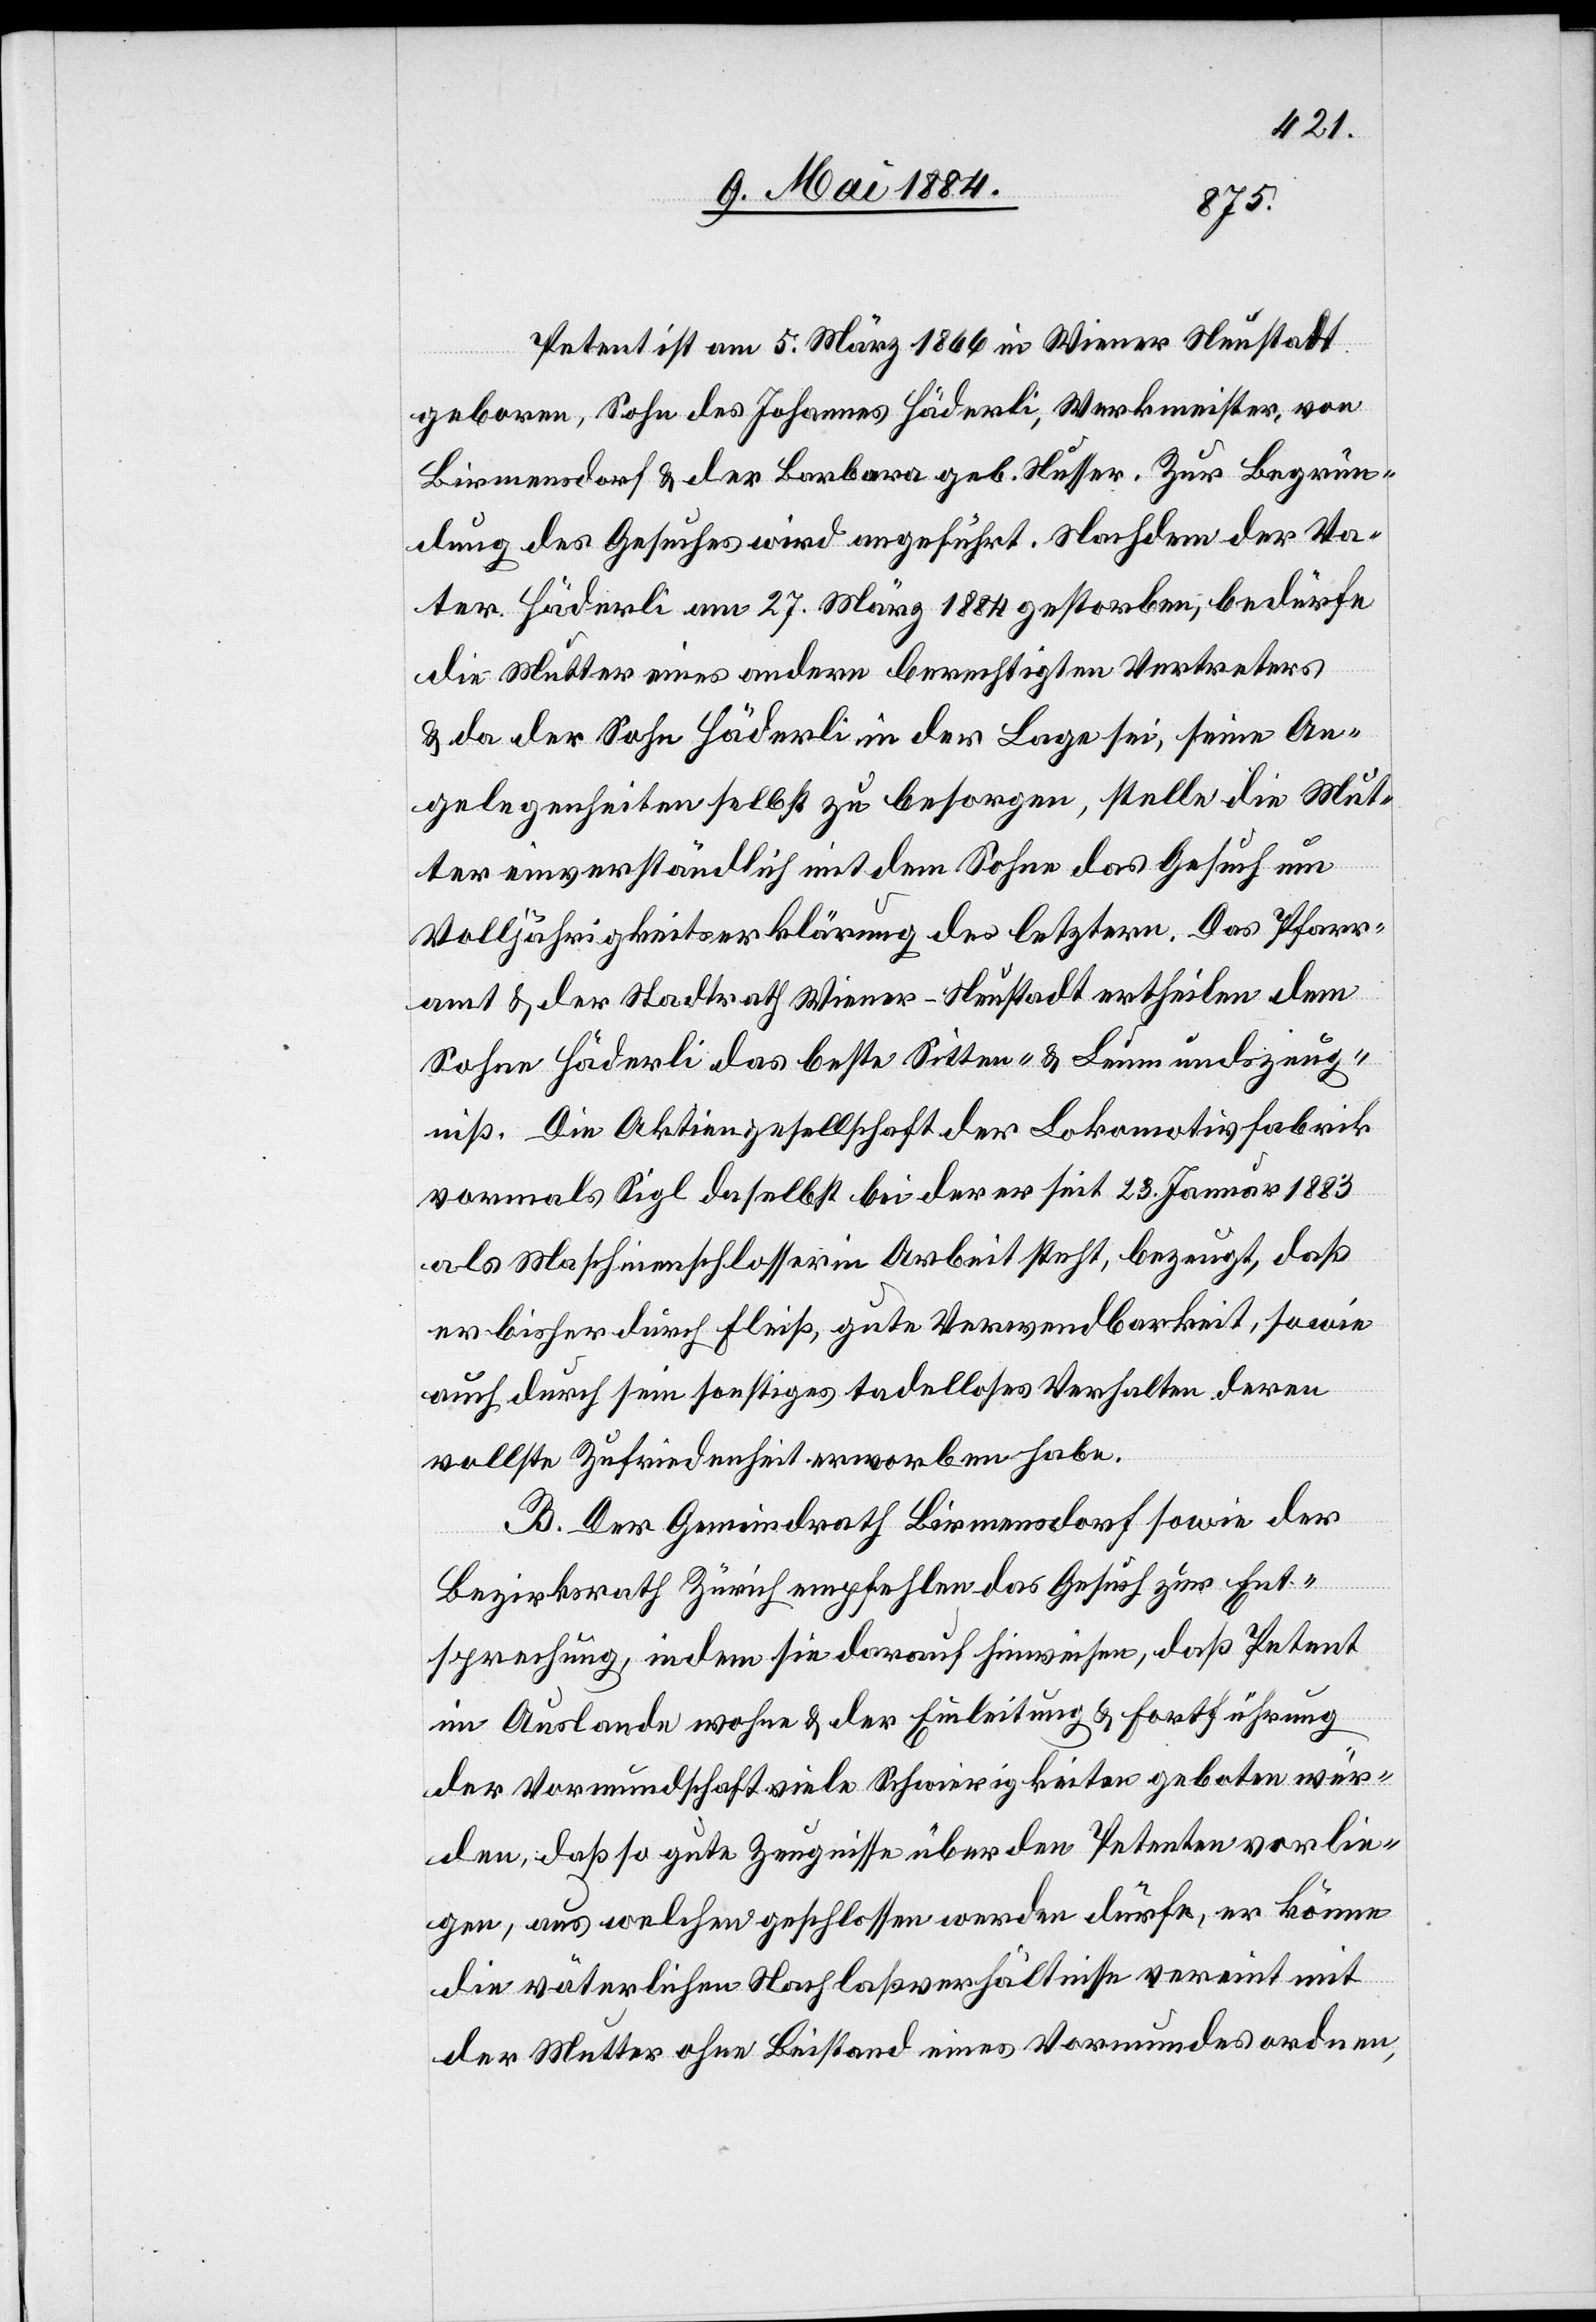
Petent ist am 5. März 1866 in Wiener Neustadt
geboren, Sohn des Johannes Häderli, Werkmeister, von
Birmensdorf & der Barbara geb. Nusser. Zur Begrün¬
dung des Gesuches wird angeführt. Nachdem der Va¬
ter Häderli am 27. März 1884 gestorben, bedürfe
die Mutter eines andern berechtigten Vertreters
& da der Sohn Häderli in der Lage sei, seine An¬
gelegenheiten selbst zu besorgen, stelle die Mut¬
ter einverständlich mit dem Sohn das Gesuch um
Volljährigkeitserklärung des letztern. Das Pfarr¬
amt & der Stadtrath Wiener-Neustadt ertheilen dem
Sohn Häderli das beste Sitten- & Leumundszeug¬
niß. Die Aktiengesellschaft der Lokomotivfabrik
vormals Sigl daselbst bei der er seit 23. Januar 1883
als Maschinenschlosser in Arbeit steht, bezeugt, daß
er bisher durch Fleiß, gute Verwendbarkeit, sowie
auch durch sein sonstiges tadelloses Verhalten deren
vollste Zufriedenheit erworben habe.
B. Der Gemeindrath Birmensdorf sowie der
Bezirksrath Zürich empfehlen das Gesuch zur Ent¬
sprechung, indem sie darauf hinweisen, daß Petent
im Auslande wohne & der Einleitung & Fortführung
der Vormundschaft viele Schwierigkeiten geboten wür¬
den, daß so gute Zeugnisse über den Petenten vorlie¬
gen, aus welchen geschlossen werden dürfe, er könne
die väterlichen Nachlaßverhältnisse vereint mit
der Mutter ohne Beistand eines Vormundes ordnen,